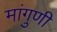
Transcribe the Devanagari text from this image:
मांगुणी